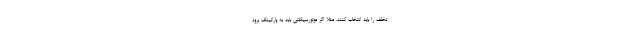
تخلف را باید انتخاب کنند، مثلا اگر موتورسیکلتی باید به پارکینگ برود